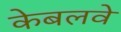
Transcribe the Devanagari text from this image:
केबलवे